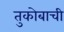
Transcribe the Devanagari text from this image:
तुकोबाची